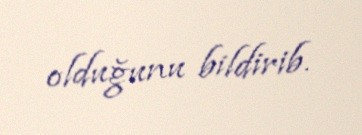
olduğunu bildirib.